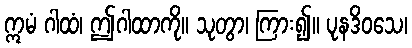
ဣမံ ဂါထံ၊ ဤဂါထာကို။ သုတွာ၊ ကြား၍။ ပုနဒိဝသေ၊